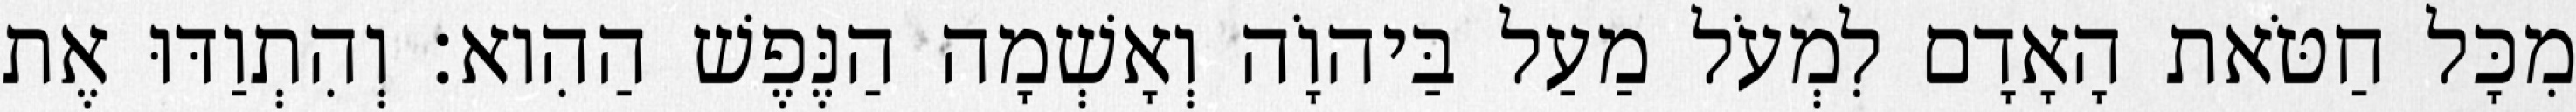
מִכָּל חַטֹּאת הָאָדָם לִמְעֹל מַעַל בַּיהוָֹה וְאָשְׁמָה הַנֶּפֶשׁ הַהִוא׃ וְהִתְוַדּוּ אֶת